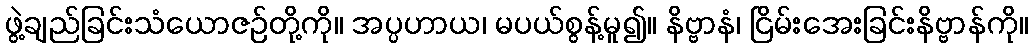
ဖွဲ့ချည်ခြင်းသံယောဇဉ်တို့ကို။ အပ္ပဟာယ၊ မပယ်စွန့်မူ၍။ နိဗ္ဗာနံ၊ ငြိမ်းအေးခြင်းနိဗ္ဗာန်ကို။